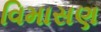
વિમાસણ